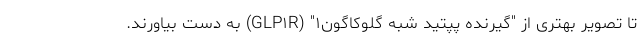
تا تصویر بهتری از "گیرنده پپتید شبه گلوکاگون۱" (GLP۱R) به دست بیاورند.